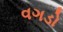
વગડો